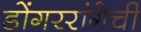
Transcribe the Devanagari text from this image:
डोंगररांगेची